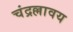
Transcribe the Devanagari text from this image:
चंद्रल्लावय